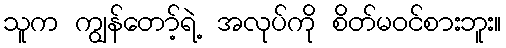
သူက ကျွန်တော့်ရဲ့ အလုပ်ကို စိတ်မဝင်စားဘူး။